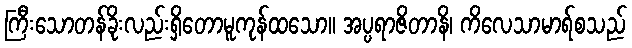
ကြီးသောတန်ခိုးလည်းရှိတောမူကုန်ထသော။ အပ္ပရာဇိတာနိ၊ ကိလေသာမာရ်စသည်